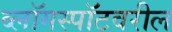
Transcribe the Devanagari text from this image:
ब्लॉगस्पॉटवरील